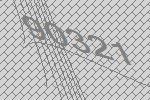
90321